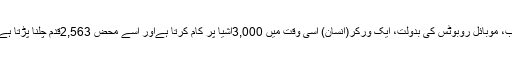
اب، موبائل روبوٹس کی بدولت، ایک ورکر(انسان) اسی وقت میں 3,000اشیا پر کام کرتا ہےاور اسے محض 2,563قدم چلنا پڑتا ہے۔